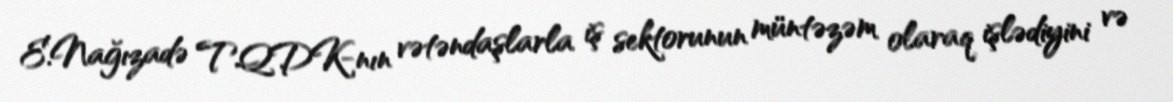
E.Nağızadə TQDK-nın vətəndaşlarla iş sektorunun müntəzəm olaraq işlədiyini və